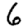
Digit: 6